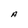
Character: A